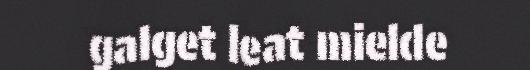
galget leat mielde